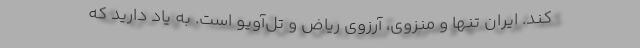
کند. ایرانِ تنها و منزوی، آرزوی ریاض و تل‌آویو است. به یاد دارید که